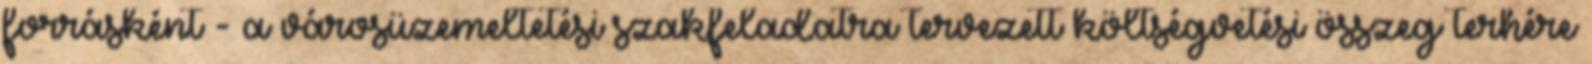
forrásként - a városüzemeltetési szakfeladatra tervezett költségvetési összeg terhére